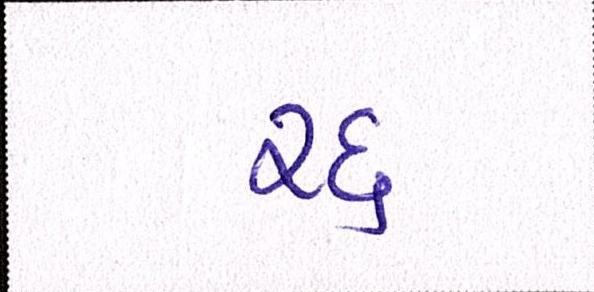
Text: રદ્દ